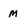
Character: M